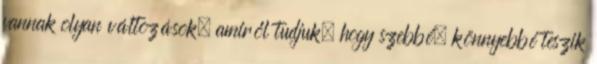
vannak olyan változások, amiről tudjuk, hogy szebbé, könnyebbé teszik